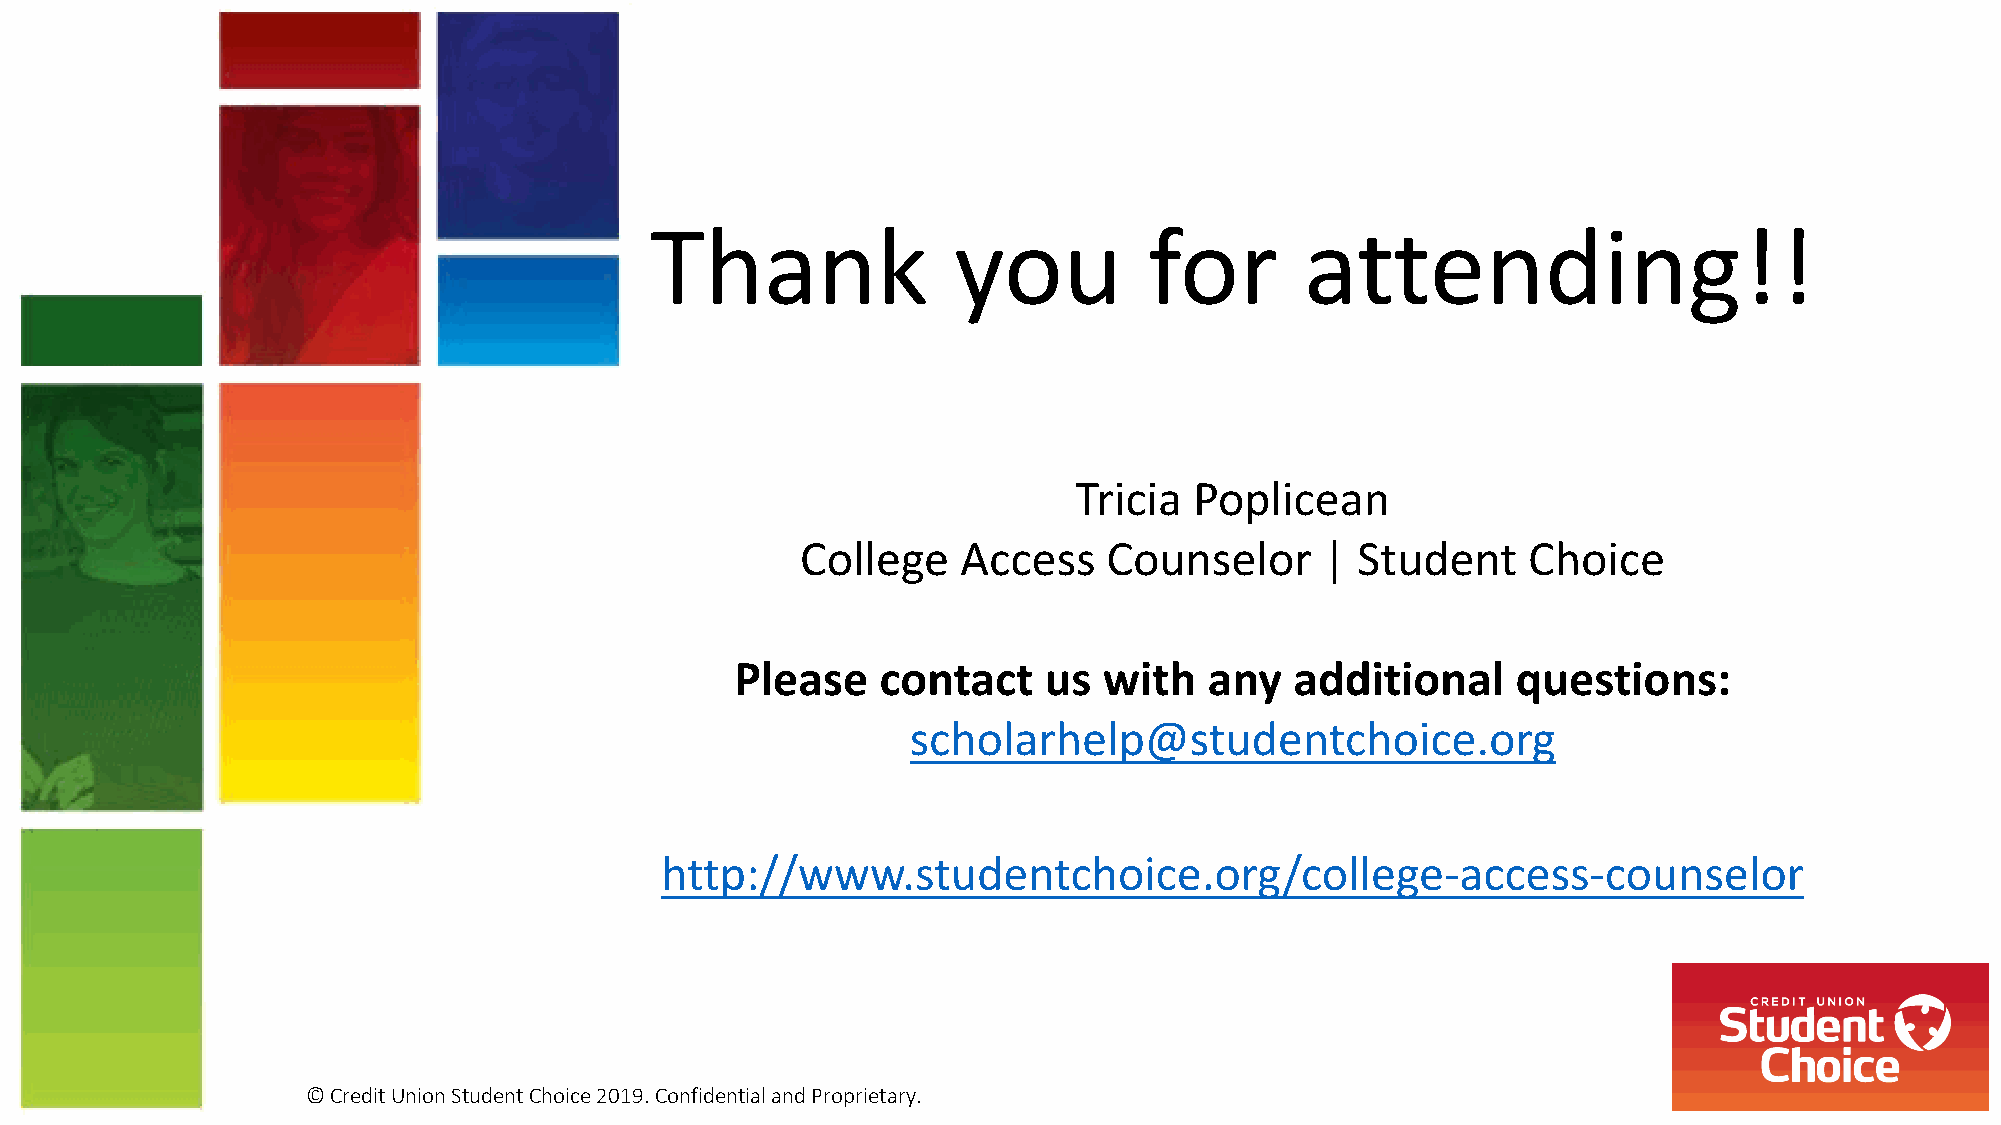
Thank               you          for       attending!!
 Tricia  Poplicean
 College    Access   Counselor      | Student    Choice
 Please   contact    us  with   any   additional    questions:
 scholarhelp@studentchoice.org
 http://www.studentchoice.org/college-access-counselor
 © Credit Union Student Choice 2019. Confidential and Proprietary.